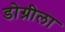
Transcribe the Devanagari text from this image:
डोग्रीला